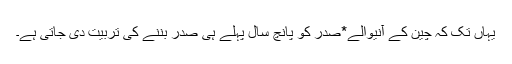
یہاں تک کہ چین کے آنیوالے*صدر کو پانچ سال پہلے ہی صدر بننے کی تربیت دی جاتی ہے۔